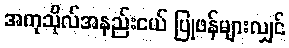
အကုသိုလ်အနည်းငယ် ပြုဖန်များလျှင်